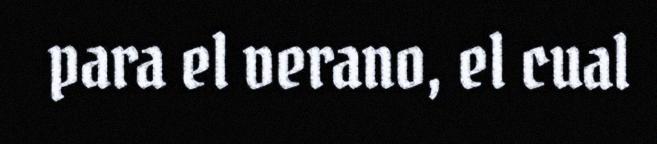
para el verano, el cual